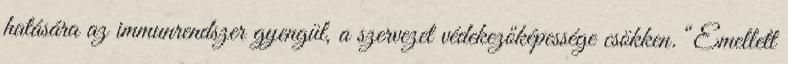
hatására az immunrendszer gyengül, a szervezet védekezőképessége csökken. “Emellett